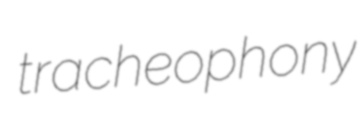
tracheophony